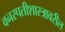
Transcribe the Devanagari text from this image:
वनस्पतीशास्त्रावरील